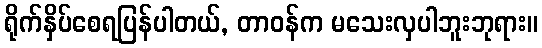
ရိုက်နှိပ်စေရပြန်ပါတယ်, တာဝန်က မသေးလှပါဘူးဘုရား။